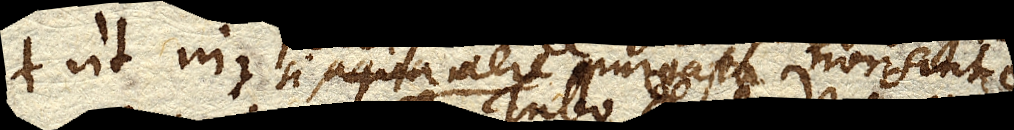
ut in si aere purgato non sint